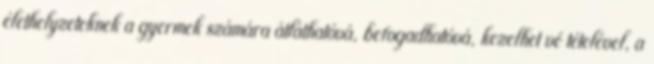
élethelyzeteknek a gyermek számára átláthatóvá, befogadhatóvá, kezelhetıvé tételével, a